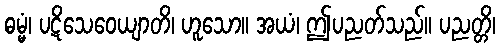
ဓမ္မံ၊ ပဋိသေဝေယျာတိ၊ ဟူသော။ အယံ၊ ဤပညတ်သည်။ ပညတ္တိ၊